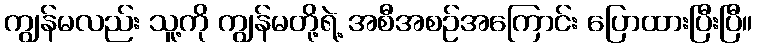
ကျွန်မလည်း သူ့ကို ကျွန်မတို့ရဲ့ အစီအစဉ်အကြောင်း ပြောထားပြီးပြီ။